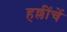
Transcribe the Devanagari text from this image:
हल्लींचें